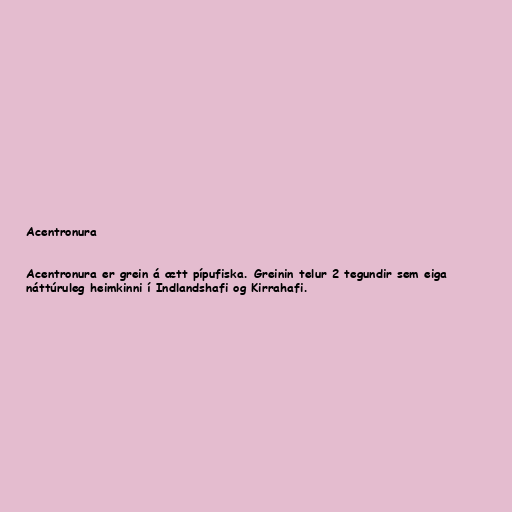
Acentronura

Acentronura er grein á ætt pípufiska. Greinin telur 2 tegundir sem eiga
náttúruleg heimkinni í Indlandshafi og Kirrahafi.